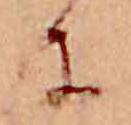
に